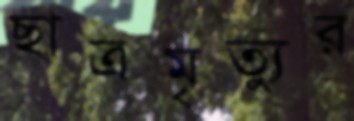
ছাত্রমৃত্যুর